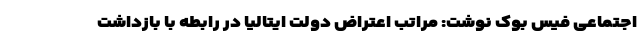
اجتماعی فیس بوک نوشت: مراتب اعتراض دولت ایتالیا در رابطه با بازداشت